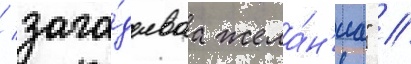
/ зага́дываа жела́н'иа" //